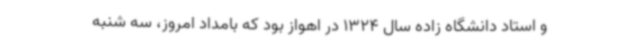
و استاد دانشگاه زاده سال 1324 در اهواز بود که بامداد امروز، سه شنبه